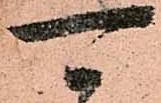
可